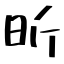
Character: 昕